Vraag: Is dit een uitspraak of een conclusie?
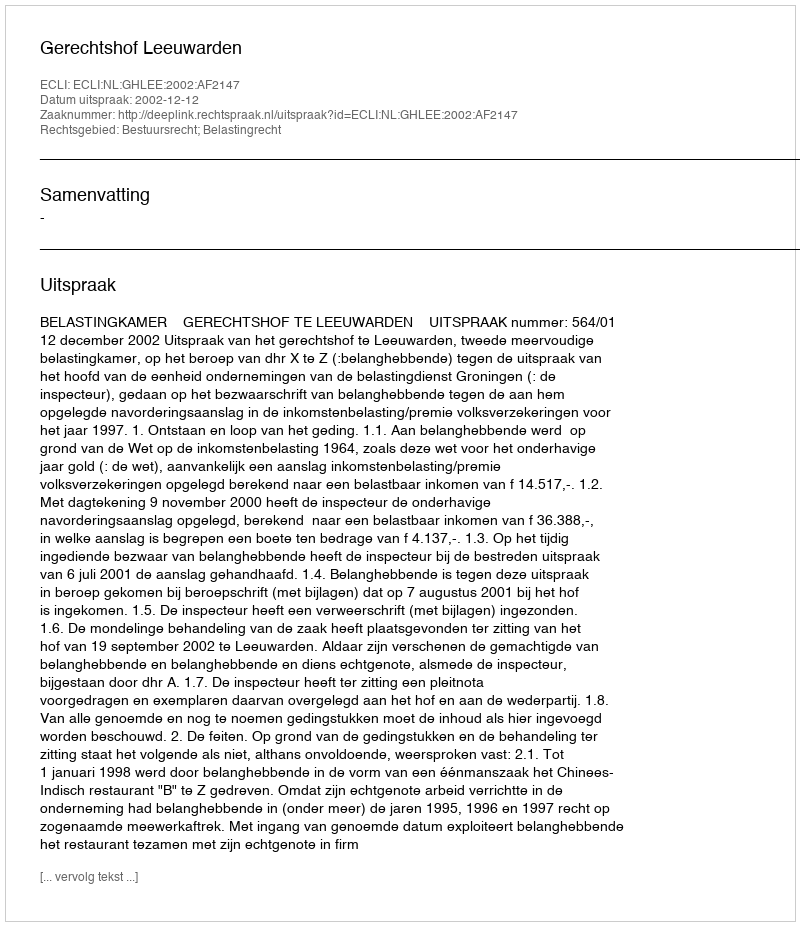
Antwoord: Uitspraak